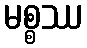
မစ္စဿ